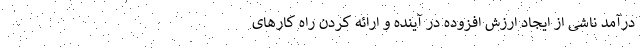
درآمد ناشی از ایجاد ارزش افزوده در آینده و ارائه کردن راه کارهای